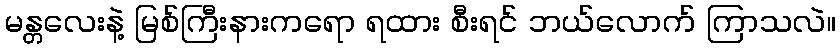
မန္တလေးနဲ့ မြစ်ကြီးနားကရော ရထား စီးရင် ဘယ်လောက် ကြာသလဲ။